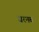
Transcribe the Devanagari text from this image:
ज़रनब